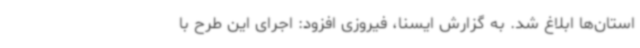
استان‌ها ابلاغ شد. به گزارش ایسنا، فیروزی افزود: اجرای این طرح با